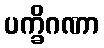
ပက္ခိဂဏာ